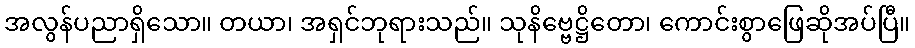
အလွန်ပညာရှိသော။ တယာ၊ အရှင်ဘုရားသည်။ သုနိဗ္ဗေဋ္ဌိတော၊ ကောင်းစွာဖြေဆိုအပ်ပြီ။